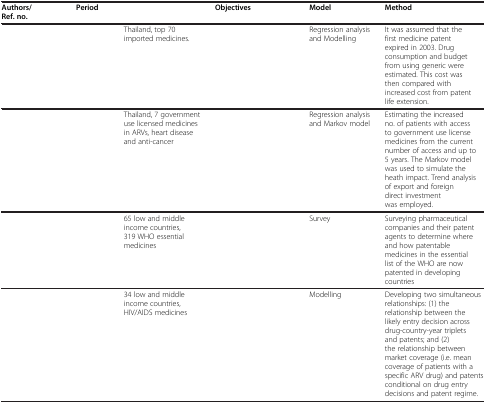
<table><thead><tr><td><b>Authors/Ref. no.</b></td><td><b>Period</b></td><td>[EMPTY_CELL]</td><td><b>Objectives</b></td><td><b>Model</b></td><td><b>Method</b></td></tr></thead><tbody><tr><td>[EMPTY_CELL]</td><td>[EMPTY_CELL]</td><td>Thailand, top 70 imported medicines.</td><td>[EMPTY_CELL]</td><td>Regression analysis and Modelling</td><td>It was assumed that the first medicine patent expired in 2003. Drug consumption and budget from using generic were estimated. This cost was then compared with increased cost from patent life extension.</td></tr><tr><td>[EMPTY_CELL]</td><td>[EMPTY_CELL]</td><td>Thailand, 7 government use licensed medicines in ARVs, heart disease and anti-cancer</td><td>[EMPTY_CELL]</td><td>Regression analysis and Markov model</td><td>Estimating the increased no. of patients with access to government use license medicines from the current number of access and up to 5 years. The Markov model was used to simulate the heath impact. Trend analysis of export and foreign direct investment was employed.</td></tr><tr><td>[EMPTY_CELL]</td><td>[EMPTY_CELL]</td><td>65 low and middle income countries, 319 WHO essential medicines</td><td>[EMPTY_CELL]</td><td>Survey</td><td>Surveying pharmaceutical companies and their patent agents to determine where and how patentable medicines in the essential list of the WHO are now patented in developing countries</td></tr><tr><td>[EMPTY_CELL]</td><td>[EMPTY_CELL]</td><td>34 low and middle income countries, HIV/AIDS medicines</td><td>[EMPTY_CELL]</td><td>Modelling</td><td>Developing two simultaneous relationships: (1) the relationship between the likely entry decision across drug-country-year triplets and patents; and (2) the relationship between market coverage (i.e. mean coverage of patients with a specific ARV drug) and patents conditional on drug entry decisions and patent regime.</td></tr></tbody></table>